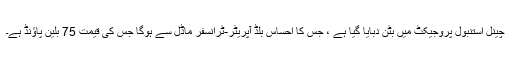
چینل استنبول پروجیکٹ میں بٹن دبایا گیا ہے ، جس کا احساس بلڈ آپریٹر-ٹرانسفر ماڈل سے ہوگا جس کی قیمت 75 بلین پاؤنڈ ہے۔